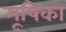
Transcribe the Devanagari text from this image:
मूषिका